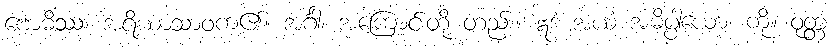
ဗောဓိဿ၊ အရိယာသာဝက၏။ အင်္ဂါ၊ အကြောင်းတို့ တည်း။ ဣဒံ အယံ အဓိပ္ပါယော၊ ကို။ ဝုတ္တံ